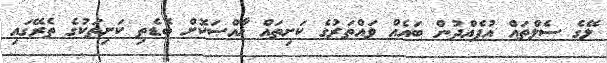
ލޭގެ ސެލްތައް އުފެއްދުން ބައެއް ވައްތަރުގެ ކަށިތައް ޚާއްޞަކޮށް ބޮޑެތި ކަށިތަކުގެ ތެރޭގައި